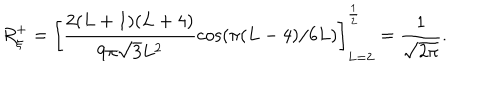
R _ { \xi } ^ { + } = \left[ \frac { 2 ( L + 1 ) ( L + 4 ) } { 9 \pi \sqrt { 3 } L ^ { 2 } } \cos ( \pi ( L - 4 ) / 6 L ) \right] _ { L = 2 } ^ { \frac { 1 } { 2 } } = \frac { 1 } { \sqrt { 2 \pi } } .